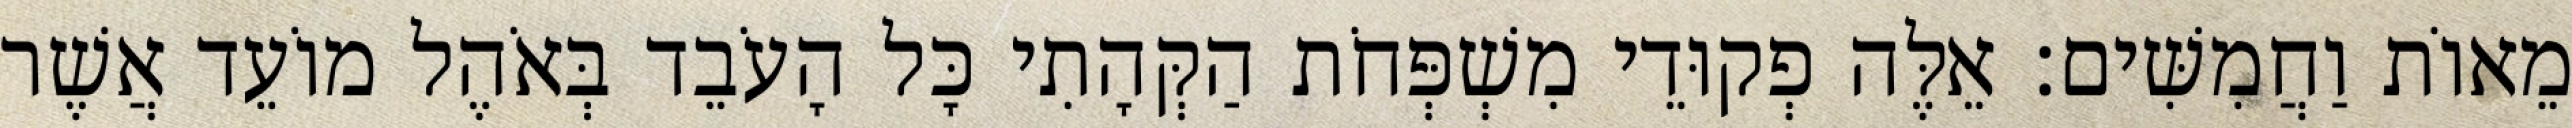
מֵאוֹת וַחֲמִשִּׁים׃ אֵלֶּה פְקוּדֵי מִשְׁפְּחֹת הַקְּהָתִי כָּל הָעֹבֵד בְּאֹהֶל מוֹעֵד אֲשֶׁר